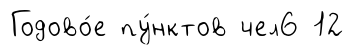
Годово́е пу́нктов чел6 12